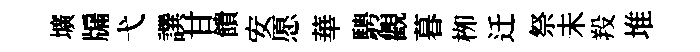
壙牖弋譔甘饋安愿華騁觀暮栁迁祭未羖堆